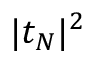
| t _ { N } | ^ { 2 }